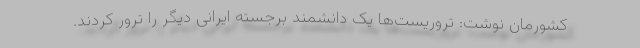
کشورمان نوشت: تروریست‌ها یک دانشمند برجسته ایرانی دیگر را ترور کردند.